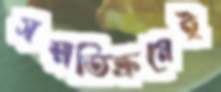
সম্মতিক্রমেই